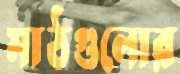
মাঠগুলোর